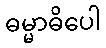
ဓမ္မာဓိပေါ